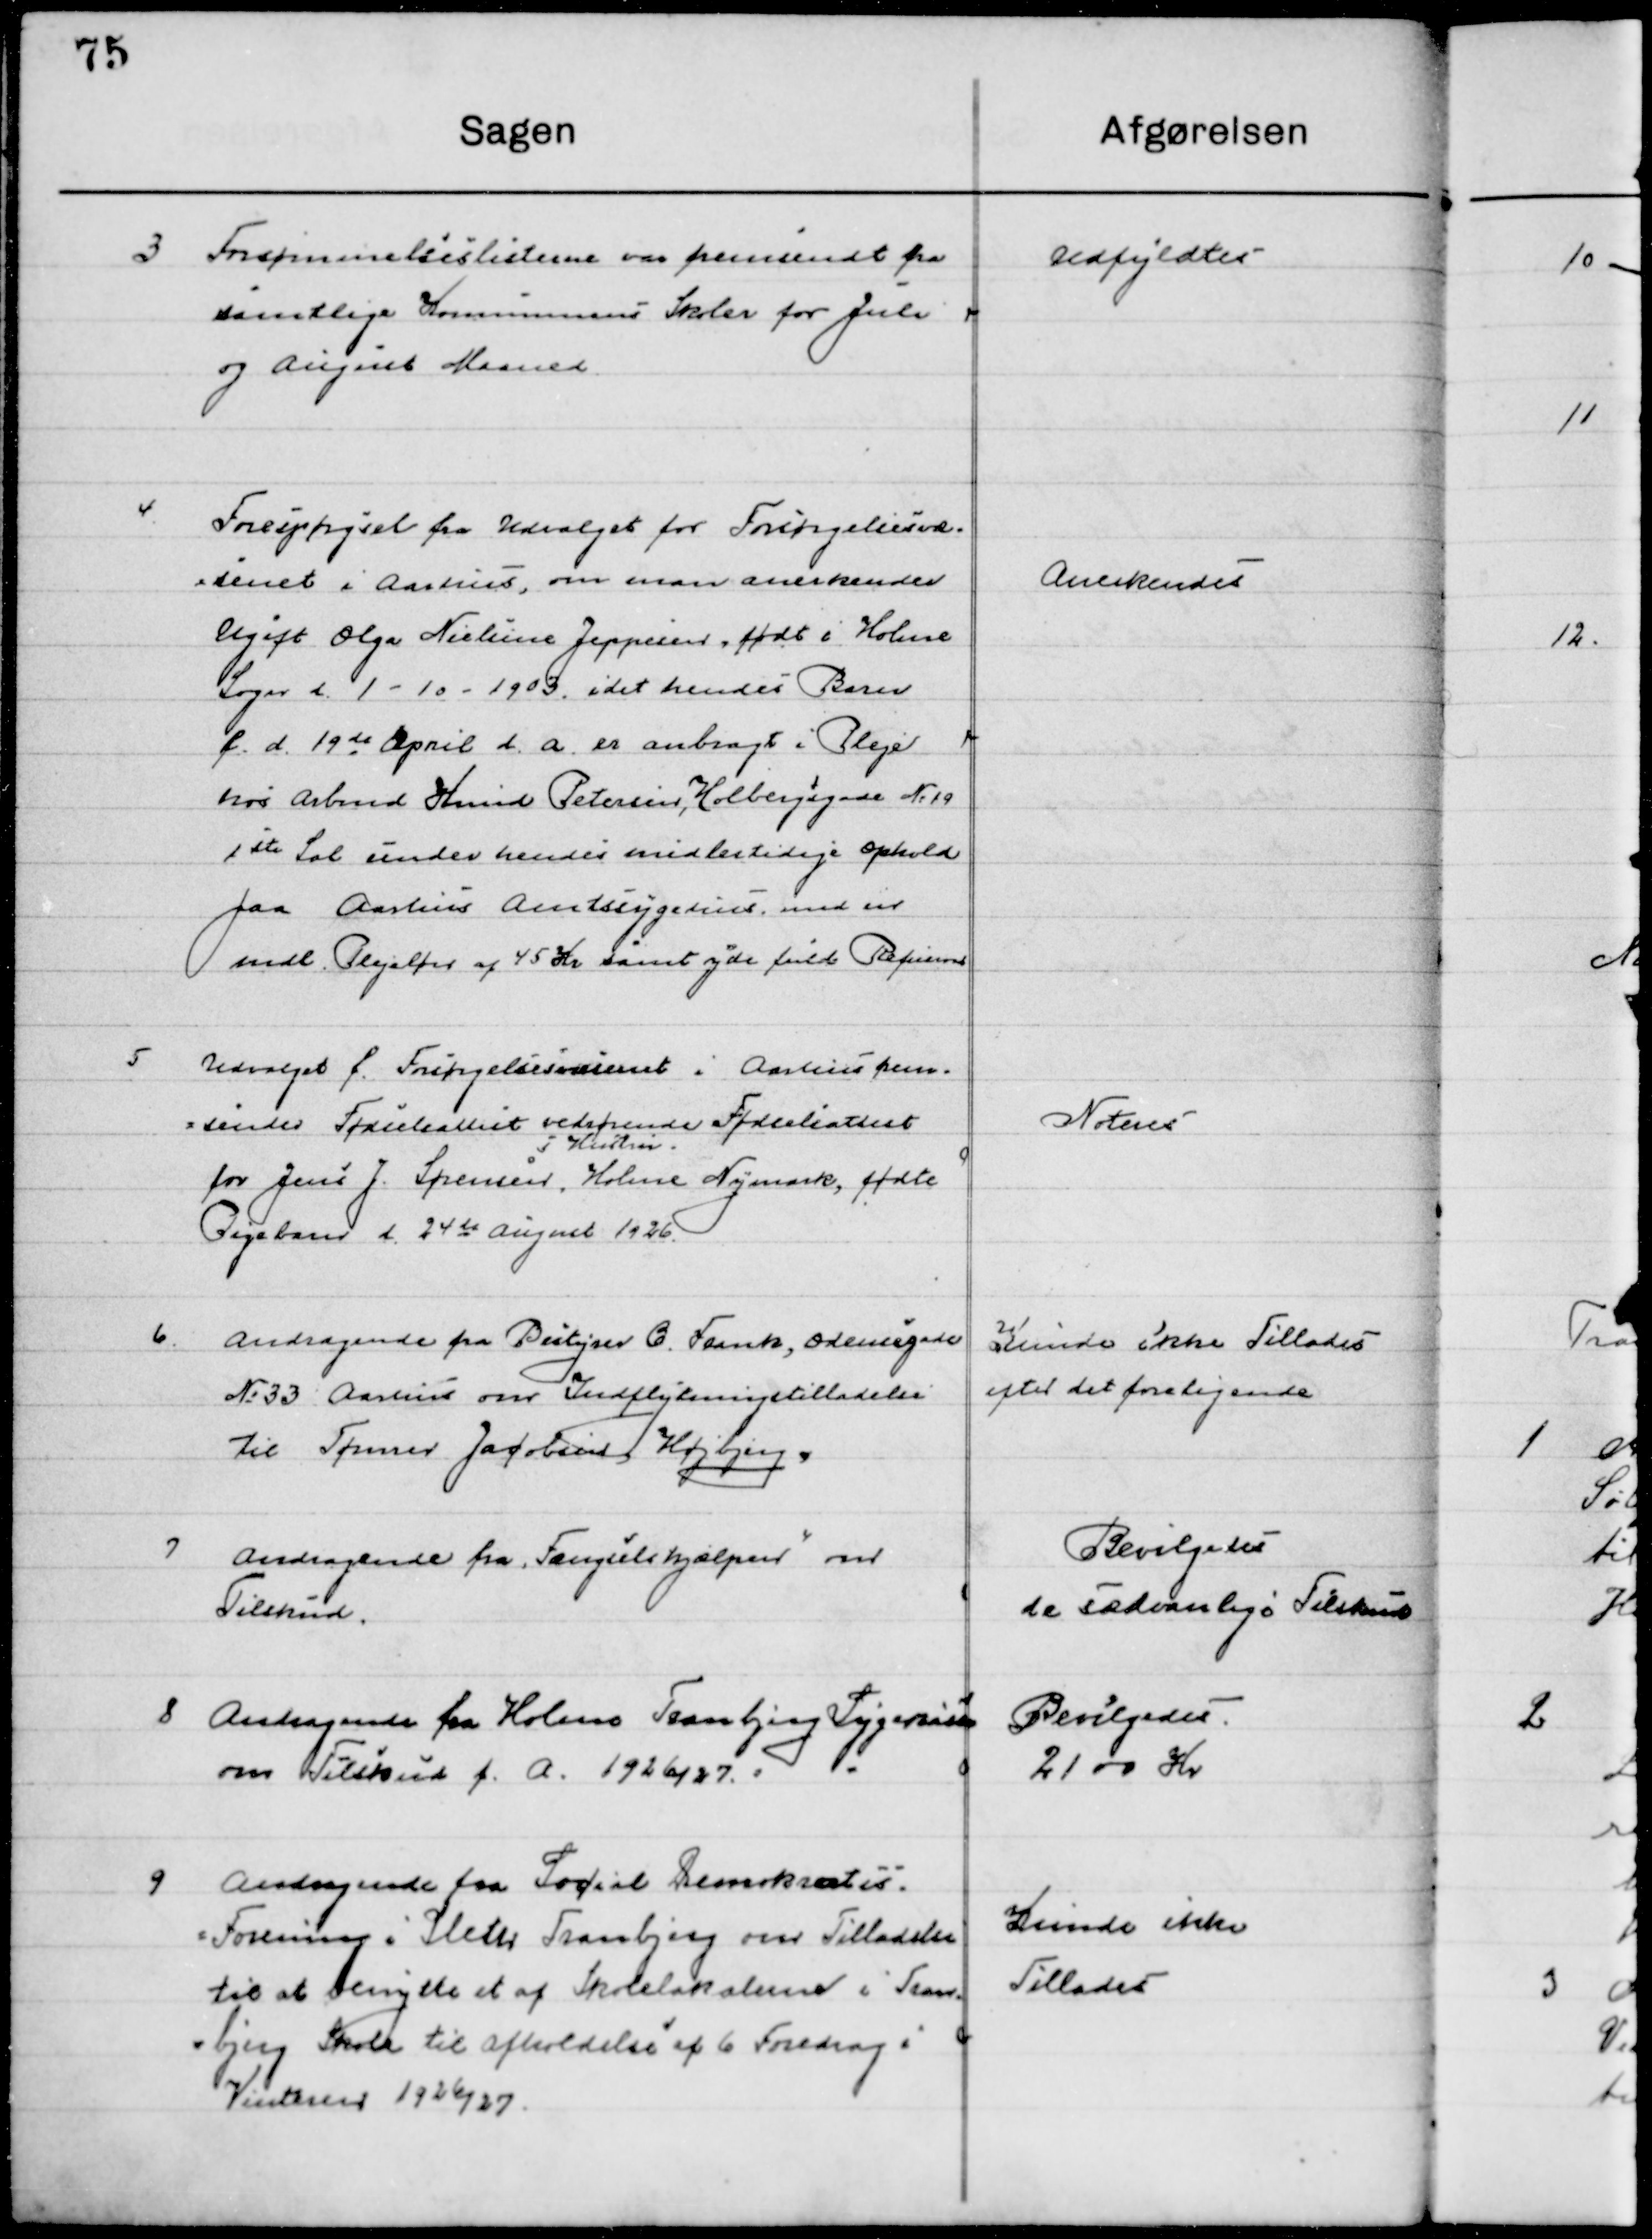
Transskription:
3

Forsømmelseslisten var fremsendt fra 
samtlige Kommunens skoler for Juli  
og August Maaned.

Udfyldtes

4

Forespørgsel fra Forsørgelsesvæ-
senet i Aarhus, om man anerkender 
Ugift Olga Nielsine Jeppesen, født i Holme 
Sogn d. 1-19-1903, idet hendes Barn
f. d. 19de April d. A. er anbragt i Pleje
hos Arbmd. Knud Petersen, Holbergsgade № 19
1ste Sal under hendes midlertidige Ophold
paa Aarhus Amtssygehus, med en 
Maaned Plejeløn af 45 Kr. samt yde fuld Refusion.

Anerkende

5

Udvalget f. Forsørgelsesvæsenet i Aarhus frem-
sender Fødselsattest vedrørende Fødselsattest
for Jens J. Sørensen, 
i 
holme Nymark, fødte
Pigebarn d. 24de August 1926.

Noteres

6

Andragende fra Bestyrer C. Frank, Odensegade
No. 33 Aarhus om Indflytningstilladelse
til Tømrer Jacobsen Højbjerg.

Kunde ikke Tillades
Efter det foreliggende

7

Andragende fra Fængsel hjælper om 
Tilskud

Bevilgedes
de sædvanlige Tilskud

8

Andragende fra Holme Tranbjerg Sygekasse 
om Tilskud f. A. 1926/27

Bevilgedes
2100 Kr.

9

Andragende fra Socialt Demokratiets 
Forening i Sleter Tranbjerg om Tilladelse
til at benytte et af Solelokalerne i Tran-
bjerg Skole til afholdelse af 6 Foredrag i 
Vinteren 1926/27

Kunde ikke 
Tillades